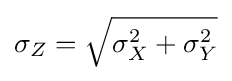
\sigma _{Z}={\sqrt {\sigma _{X}^{2}+\sigma _{Y}^{2}}}